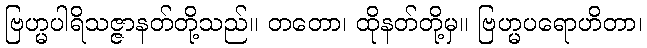
ဗြဟ္မပါရိသဇ္ဇာနတ်တို့သည်။ တတော၊ ထိုနတ်တို့မှ။ ဗြဟ္မပရောဟိတာ၊